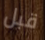
قبل